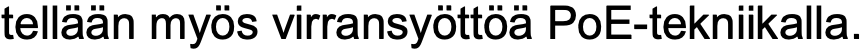
tellään myös virransyöttöä PoE-tekniikalla.